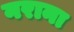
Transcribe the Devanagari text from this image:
नराना